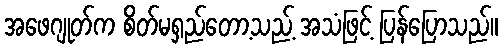
အဖေဂျုတ်က စိတ်မရှည်တော့သည့် အသံဖြင့် ပြန်ပြောသည်။